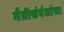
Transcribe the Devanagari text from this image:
मैत्रीसंबंधांचा